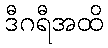
ဒီဂရီအထိ